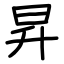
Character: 昇